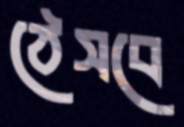
ঠেসবে